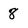
Character: 8